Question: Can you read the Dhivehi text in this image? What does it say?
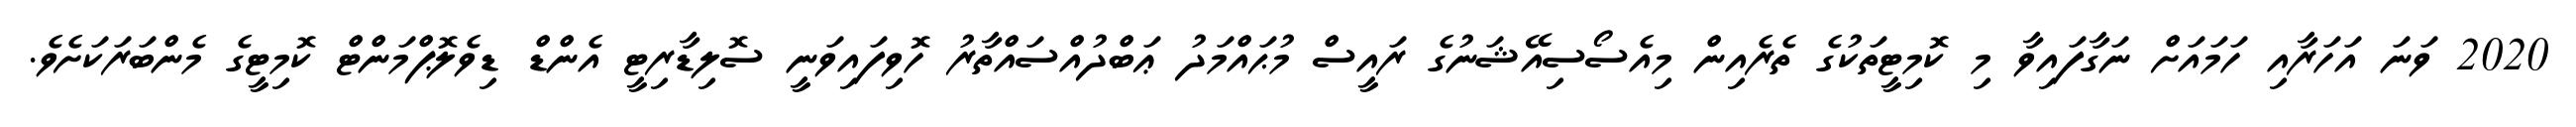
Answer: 2020 ވަނަ އަހަރާއި ހަމައަށް ނަގާފައިވާ މި ކޮމިޓީތަކުގެ ތެރެއިން މިއެސޯސިއޭޝަނުގެ ރައީސް މުޙައްމަދު ޢަބްދުއްސައްތާރު ހޮވިފައިވަނީ ސޮލިޑާރިޓީ އެންޑް ޑިވެލޮޕްމަންޓް ކޮމިޓީގެ މެންބަރަކަށެވެ.